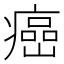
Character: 癌